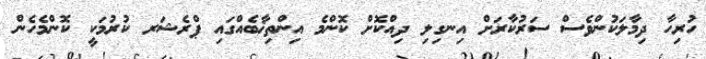
ހުރިހާ ދިމާލަކުންވެސް ސަރުކާރަށް އިނގިލި ދިއްކޮށް ކޮންމެ އިންތިޚާބެއްގައި ޕްރެޝަރ ކުރުމަކީ ކޮންމެހެން